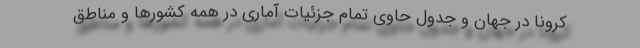
کرونا در جهان و جدول حاوی تمام جزئیات آماری در همه کشورها و مناطق